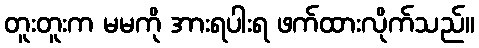
တူးတူးက မမကို အားရပါးရ ဖက်ထားလိုက်သည်။